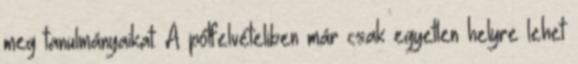
meg tanulmányaikat. A pótfelvételiben már csak egyetlen helyre lehet